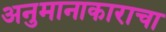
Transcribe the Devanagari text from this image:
अनुमानाकाराचा